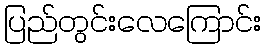
ပြည်တွင်းလေကြောင်း